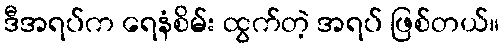
ဒီအရပ်က ရေနံစိမ်း ထွက်တဲ့ အရပ် ဖြစ်တယ်။